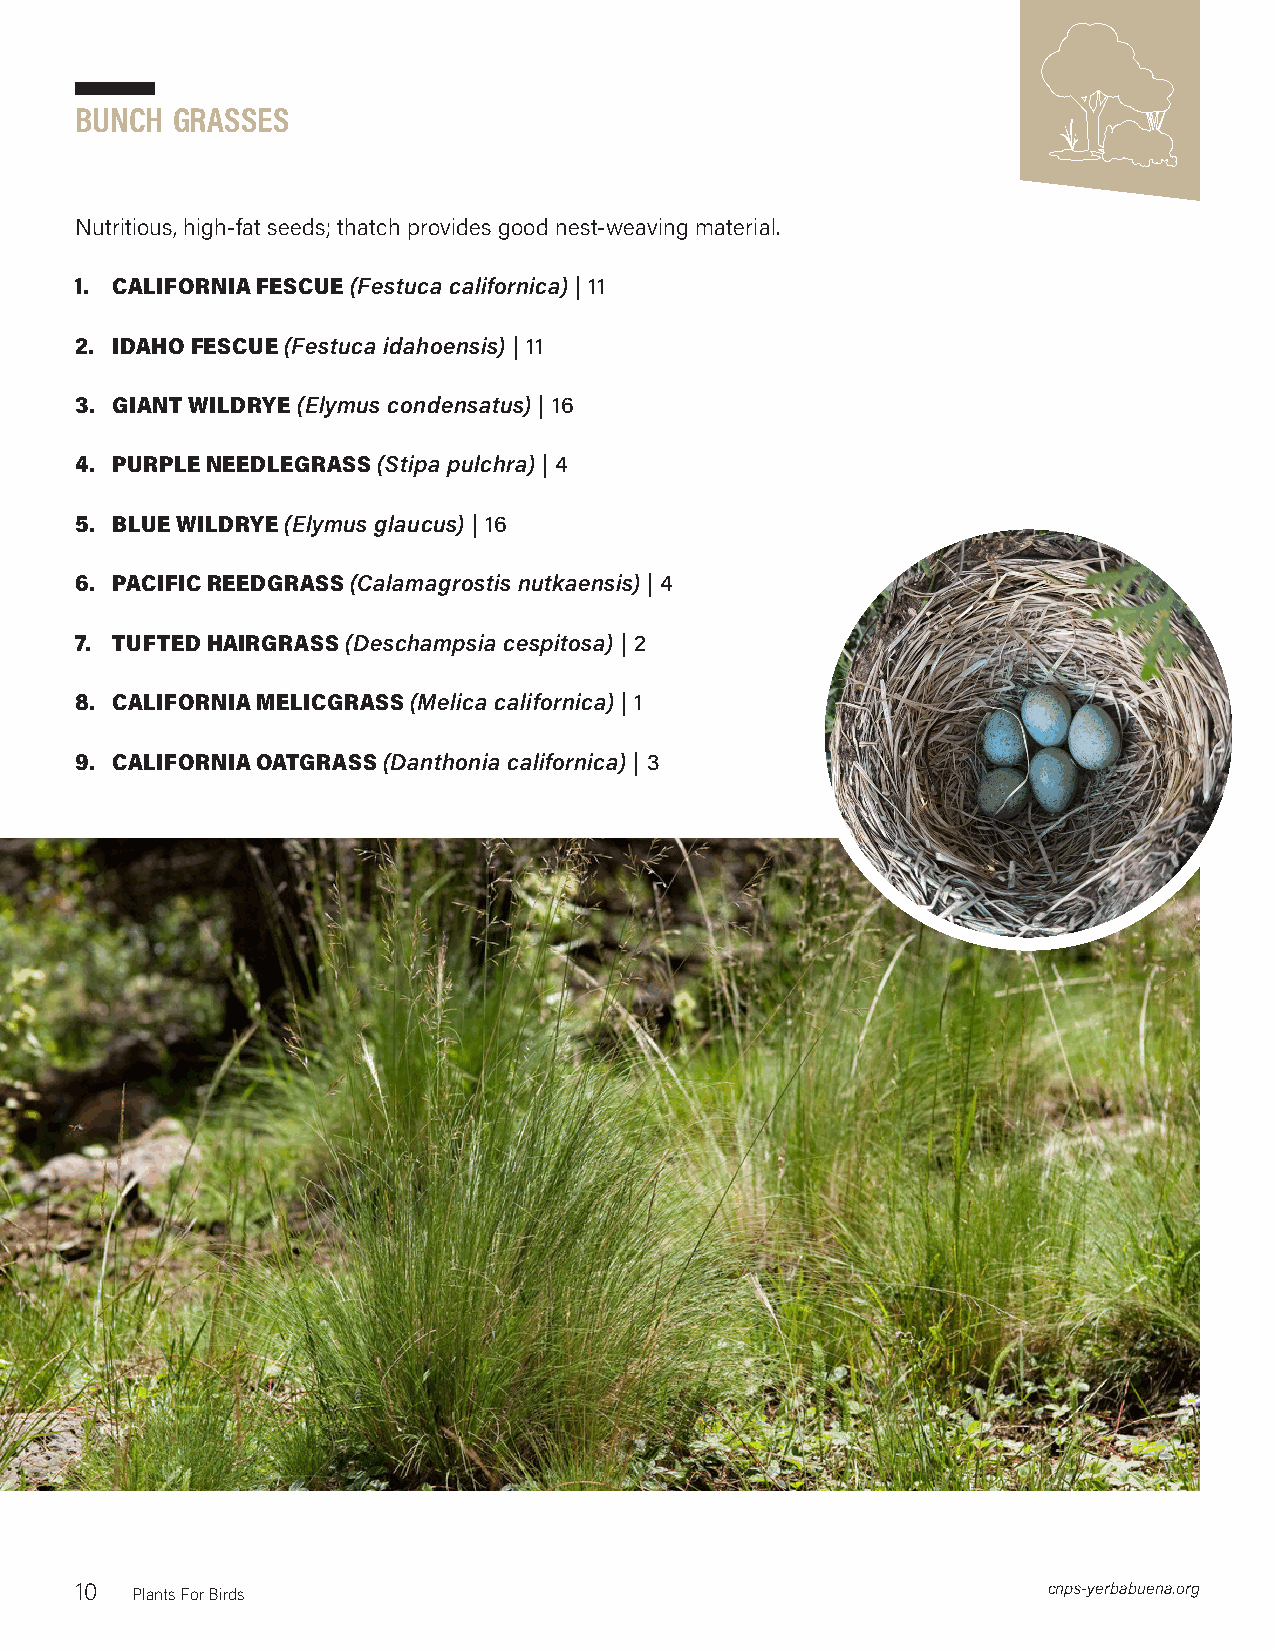
bunchgrasses
 Nutritious, high-fat seeds; thatch provides good nest-weaving material.
 1. CALIFORNIA FESCUE (Festuca californica) | 11
 2. IDAHO FESCUE (Festuca idahoensis) | 11
 3. GIANT WILDRYE (Elymus condensatus) | 16
 4. PURPLE NEEDLEGRASS (Stipa pulchra) | 4
 5. BLUE WILDRYE (Elymus glaucus) | 16
 6. PACIFIC REEDGRASS (Calamagrostis nutkaensis) | 4
 7. TUFTED HAIRGRASS (Deschampsia cespitosa) | 2
 8. CALIFORNIA MELICGRASS (Melica californica) | 1
 9. CALIFORNIA OATGRASS (Danthonia californica) | 3
 10  Plants For Birds                                            cnps-yerbabuena.org